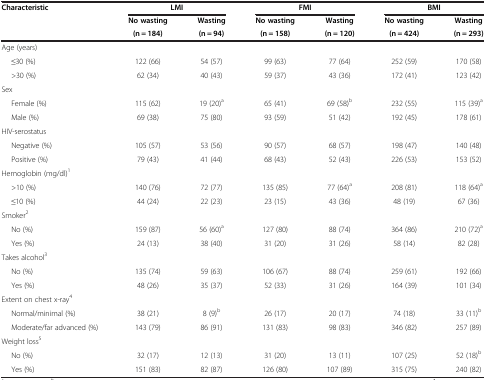
<table><thead><tr><td rowspan="2"><b>Characteristic</b></td><td colspan="2"><b>LMI</b></td><td colspan="2"><b>FMI</b></td><td colspan="2"><b>BMI</b></td></tr><tr><td><b>No wasting</b></td><td><b>Wasting</b></td><td><b>No wasting</b></td><td><b>Wasting</b></td><td><b>No wasting</b></td><td><b>Wasting</b></td></tr><tr><td><b> </b></td><td><b>(n = 184)</b></td><td><b>(n = 94)</b></td><td><b>(n = 158)</b></td><td><b>(n = 120)</b></td><td><b>(n = 424)</b></td><td><b>(n = 293)</b></td></tr></thead><tbody><tr><td>Age (years)</td><td> </td><td> </td><td> </td><td> </td><td> </td><td> </td></tr><tr><td> ≤30 (%)</td><td>122 (66)</td><td>54 (57)</td><td>99 (63)</td><td>77 (64)</td><td>252 (59)</td><td>170 (58)</td></tr><tr><td> &gt;30 (%)</td><td>62 (34)</td><td>40 (43)</td><td>59 (37)</td><td>43 (36)</td><td>172 (41)</td><td>123 (42)</td></tr><tr><td>Sex</td><td> </td><td> </td><td> </td><td> </td><td> </td><td> </td></tr><tr><td> Female (%)</td><td>115 (62)</td><td>19 (20)<sup>a</sup></td><td>65 (41)</td><td>69 (58)<sup>b</sup></td><td>232 (55)</td><td>115 (39)<sup>a</sup></td></tr><tr><td> Male (%)</td><td>69 (38)</td><td>75 (80)</td><td>93 (59)</td><td>51 (42)</td><td>192 (45)</td><td>178 (61)</td></tr><tr><td>HIV-serostatus</td><td> </td><td> </td><td> </td><td> </td><td> </td><td> </td></tr><tr><td> Negative (%)</td><td>105 (57)</td><td>53 (56)</td><td>90 (57)</td><td>68 (57)</td><td>198 (47)</td><td>140 (48)</td></tr><tr><td> Positive (%)</td><td>79 (43)</td><td>41 (44)</td><td>68 (43)</td><td>52 (43)</td><td>226 (53)</td><td>153 (52)</td></tr><tr><td>Hemoglobin (mg/dl)<sup>1</sup></td><td> </td><td> </td><td> </td><td> </td><td> </td><td> </td></tr><tr><td> &gt;10 (%)</td><td>140 (76)</td><td>72 (77)</td><td>135 (85)</td><td>77 (64)<sup>a</sup></td><td>208 (81)</td><td>118 (64)<sup>a</sup></td></tr><tr><td> ≤10 (%)</td><td>44 (24)</td><td>22 (23)</td><td>23 (15)</td><td>43 (36)</td><td>48 (19)</td><td>67 (36)</td></tr><tr><td>Smoker<sup>2</sup></td><td> </td><td> </td><td> </td><td> </td><td> </td><td> </td></tr><tr><td> No (%)</td><td>159 (87)</td><td>56 (60)<sup>a</sup></td><td>127 (80)</td><td>88 (74)</td><td>364 (86)</td><td>210 (72)<sup>a</sup></td></tr><tr><td> Yes (%)</td><td>24 (13)</td><td>38 (40)</td><td>31 (20)</td><td>31 (26)</td><td>58 (14)</td><td>82 (28)</td></tr><tr><td>Takes alcohol<sup>3</sup></td><td> </td><td> </td><td> </td><td> </td><td> </td><td> </td></tr><tr><td> No (%)</td><td>135 (74)</td><td>59 (63)</td><td>106 (67)</td><td>88 (74)</td><td>259 (61)</td><td>192 (66)</td></tr><tr><td> Yes (%)</td><td>48 (26)</td><td>35 (37)</td><td>52 (33)</td><td>31 (26)</td><td>164 (39)</td><td>101 (34)</td></tr><tr><td>Extent on chest x-ray<sup>4</sup></td><td> </td><td> </td><td> </td><td> </td><td> </td><td> </td></tr><tr><td> Normal/minimal (%)</td><td>38 (21)</td><td>8 (9)<sup>b</sup></td><td>26 (17)</td><td>20 (17)</td><td>74 (18)</td><td>33 (11)<sup>b</sup></td></tr><tr><td> Moderate/far advanced (%)</td><td>143 (79)</td><td>86 (91)</td><td>131 (83)</td><td>98 (83)</td><td>346 (82)</td><td>257 (89)</td></tr><tr><td>Weight loss<sup>5</sup></td><td> </td><td> </td><td> </td><td> </td><td> </td><td> </td></tr><tr><td> No (%)</td><td>32 (17)</td><td>12 (13)</td><td>31 (20)</td><td>13 (11)</td><td>107 (25)</td><td>52 (18)<sup>b</sup></td></tr><tr><td> Yes (%)</td><td>151 (83)</td><td>82 (87)</td><td>126 (80)</td><td>107 (89)</td><td>315 (75)</td><td>240 (82)</td></tr></tbody></table>